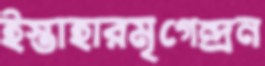
ইস্তাহারমৃগেন্দ্রন